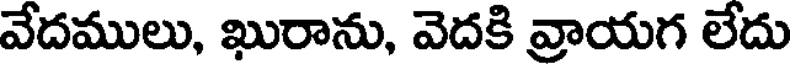
వేదములు, ఖురాను, వెదకి వ్రాయగ లేదు